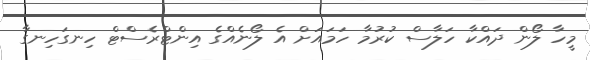
މީހާ ލޯން ދައްކާ ހަލާސް ކުރުމާ ހަމައަށް އެ ލޯނެއްގެ އިންޓްރެސްޓް ހިނގަހިނގާ